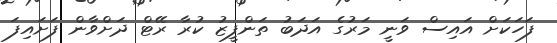
ފަހަކަށް އައިސް ވަނީ މަރުގެ އަދަބު ތަންފީޒު ކުރާ ރޭޓް ދަށްވާން ފަށައިފަ